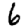
Digit: 6